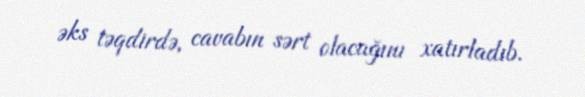
əks təqdirdə, cavabın sərt olacağını xatırladıb.